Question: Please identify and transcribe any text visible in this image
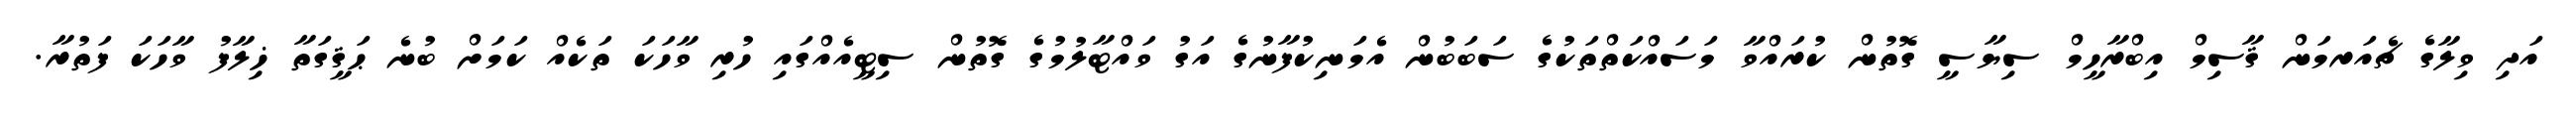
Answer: އަދި ވިލާގެ ޗެއަރމަން ޤާސިމް އިބްރާހީމް ސިޔާސީ ގޮތުން ކުރައްވާ މަސައްކަތްތަކުގެ ސަބަބުން އެމަނިކުފާނުގެ އަގު ވައްޓާލުމުގެ ގޮތުން ސިޓީއެއްގައި ހުރި ވާހަކަ ތަކެއް ކަމަށް ބުނެ ޙަޤީގަތާ ޚިލާފު ވާހަކަ ފަތުރާ.